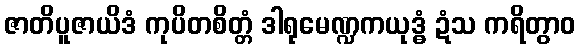
ဇာတိပူဇာယိဒံ ကုပိတစိတ္တံ ဒါရုမေဏ္ဍကယုဒ္ဓံ ဍံသ ကရိတွာဝ